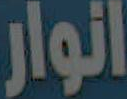
انوار